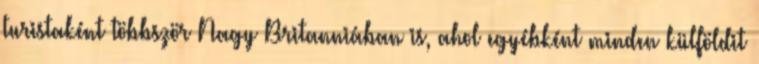
turistaként többször Nagy Britanniában is, ahol egyébként minden külföldit